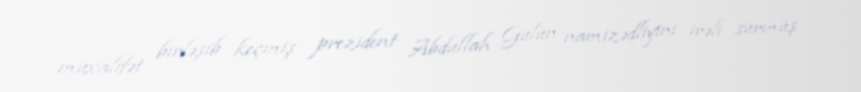
müxalifət birləşib keçmiş prezident Abdullah Gülün namizədliyini irəli sürmüş